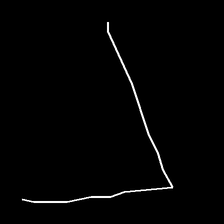
Glyph: region